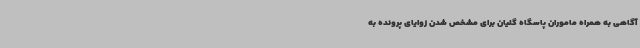
آگاهی به همراه ماموران پاسگاه گلیان برای مشخص شدن زوایای پرونده به